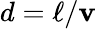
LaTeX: d=\ell/\mathbf{v}